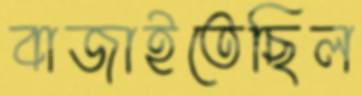
বাজাইতেছিল